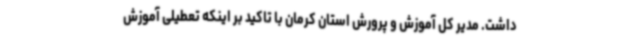
داشت. مدیر کل آموزش و پرورش استان کرمان با تاکید بر اینکه تعطیلی آموزش